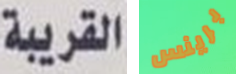
القريبة برينس